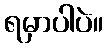
ရမှာပါပဲ။